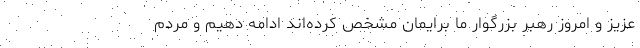
عزیز و امروز رهبر بزرگوار ما برایمان مشخص کرده‌اند ادامه دهیم و مردم